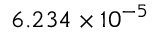
6 . 2 3 4 \times 1 0 ^ { - 5 }